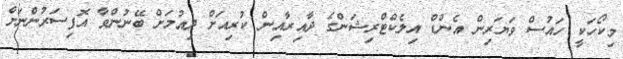
މިކޯހަކީ ހައުސް ވަޔަރިން އެންޑް އިލެކްޓްރިޝަންގެ ދާއިރާއިން ކުރިއަށް ދިއުމަށް ބޭނުންވާ އޮފިސަރުންނަށް